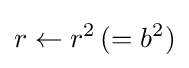
r\leftarrow r^{2}\,(=b^{2})